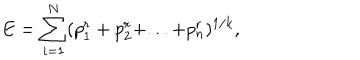
LaTeX: E = \sum _ { i = 1 } ^ { N } ( p _ { 1 } ^ { r } + p _ { 2 } ^ { r } + . . . + p _ { n } ^ { r } ) ^ { 1 / k } ,